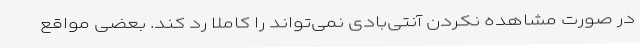
در صورت مشاهده نکردن آنتی‌بادی نمی‌تواند را کاملاً رد کند. بعضی مواقع